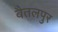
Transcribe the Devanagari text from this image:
बैतलपुर